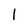
Character: l